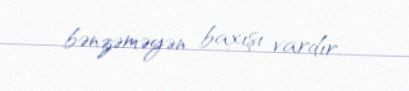
bənzəməyən baxışı vardır.